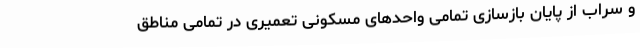
و سراب از پایان بازسازی تمامی واحدهای مسکونی تعمیری در تمامی مناطق